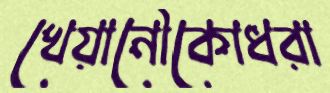
খেয়ানৌকোধরা